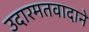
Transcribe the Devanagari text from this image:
उदारमतवादाने